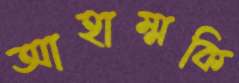
আহাম্মকি